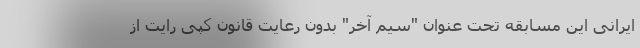
ایرانی این مسابقه تحت عنوان "سیم آخر" بدون رعایت قانون کپی رایت از